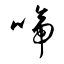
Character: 啼